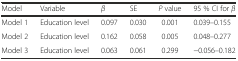
<table><thead><tr><td><b>Model</b></td><td><b>Variable</b></td><td><b><i>β</i></b></td><td><b>SE</b></td><td><b><i>P</i> value</b></td><td><b>95 % CI for <i>β</i></b></td></tr></thead><tbody><tr><td>Model 1</td><td>Education level</td><td>0.097</td><td>0.030</td><td>0.001</td><td>0.039–0.155</td></tr><tr><td>Model 2</td><td>Education level</td><td>0.162</td><td>0.058</td><td>0.005</td><td>0.048–0.277</td></tr><tr><td>Model 3</td><td>Education level</td><td>0.063</td><td>0.061</td><td>0.299</td><td>−0.056–0.182</td></tr></tbody></table>